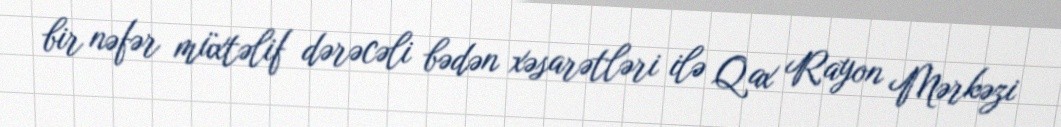
bir nəfər müxtəlif dərəcəli bədən xəsarətləri ilə Qax Rayon Mərkəzi